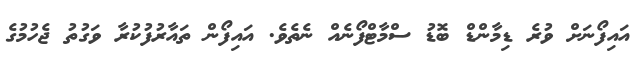
އައިފޯނަށް ވުރެ ޑިމާންޑް ބޮޑު ސްމާޓްފޯނެއް ނެތެެވެ. އައިފޯން ތައާރުފުކުރާ ވަގުތު ޖެހުމުގެ